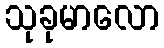
သုခုမာလော